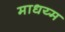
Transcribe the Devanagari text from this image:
माधय्म